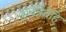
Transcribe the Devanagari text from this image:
कुर्वत्रेवेहि